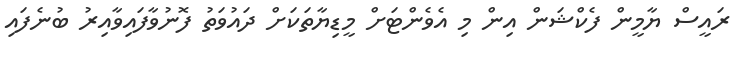
ރައީސް ޔާމީން ފެކްޝަން އިން މި އެވެންޓަށް މީޑިޔާތަކަށް ދައުވަތު ފޮނުވާފައިވާއިރު ބުނެފައި